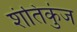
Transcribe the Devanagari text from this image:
शंतिकुंज